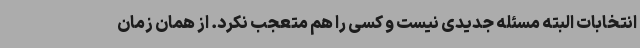
انتخابات البته مسئله جدیدی نیست و کسی را هم متعجب نکرد. از همان زمان